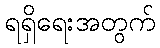
ရရှိရေးအတွက်